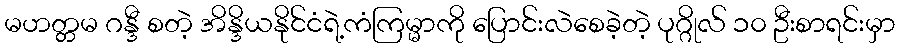
မဟတ္တမ ဂန္ဒီ စတဲ့ အိန္ဒိယနိုင်ငံရဲ့ကံကြမ္မာကို ပြောင်းလဲစေခဲ့တဲ့ ပုဂ္ဂိုလ် ၁၀ ဦးစာရင်းမှာ